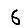
Digit: 6